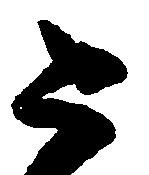
こ